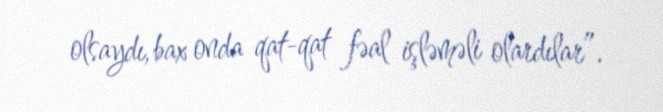
olsaydı, bax onda qat-qat fəal işləməli olardılar”.